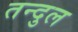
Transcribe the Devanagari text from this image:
तन्दुल